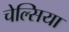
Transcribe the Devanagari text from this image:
चेल्‍सिया